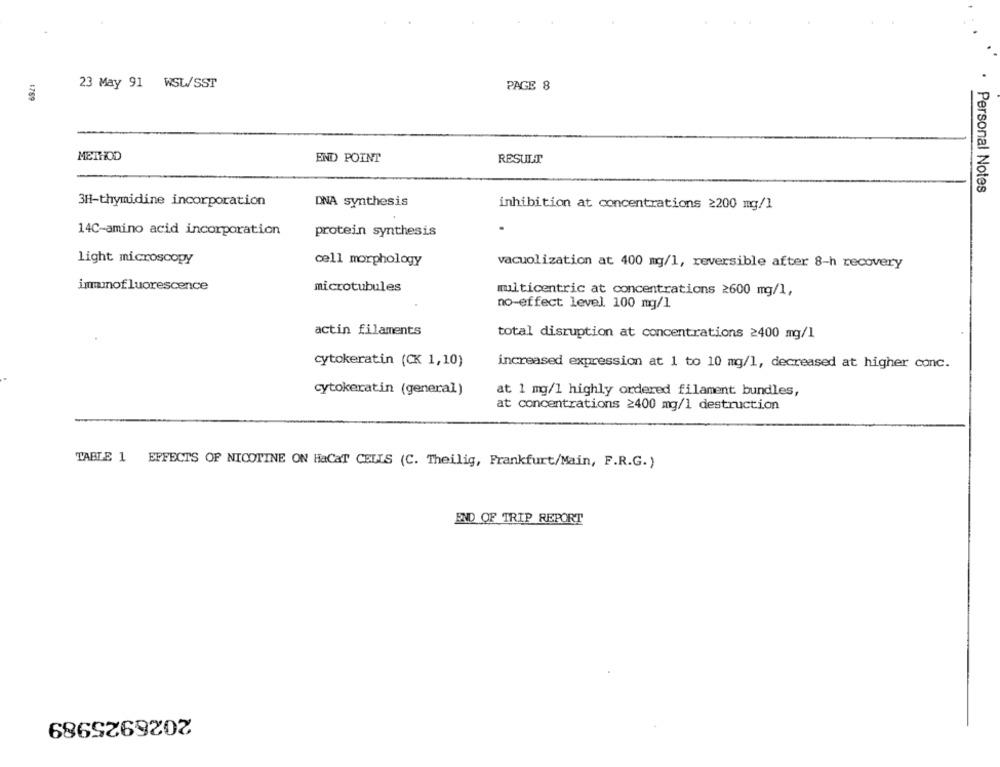
23 May 91 WSL/SST
PAGE 8
1759
METHOD
END POINT
RESULT
· Personal Notes
3H-thymidine incorporation
DNA synthesis
inhibition at concentrations ≥200 mg/l
14C-amino acid incorporation
protein synthesis
light microscopy
cell morphology
vacuolization at 400 mg/l, reversible after 8-h recovery
immunofluorescence
microtubules
multicentric at concentrations 2600 mg/l,
no-effect level 100 mg/l
actin filaments
total disruption at concentrations ≥400 mg/l
cytokeratin (CK 1,10)
increased expression at 1 to 10 mg/l, decreased at higher conc.
cytokeratin (general)
at 1 mg/l highly ordered filament bundles,
at concentrations ≥400 mg/l destruction
TABLE 1 EFFECTS OF NICOTINE ON HaCaT CELLS (C. Theilig, Frankfurt/Main, F.R.G.)
END OF TRIP REPORT
2026925989